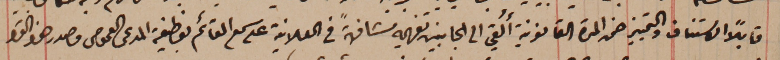
قابلاً الاستناف والتمييز ضمن المدة القانونية أُلقي الى الجانبين تفهيمه مشافهةً فى العلانية على سمع القائم بوظيفة المدعى العمومى مصدر هذا القرار